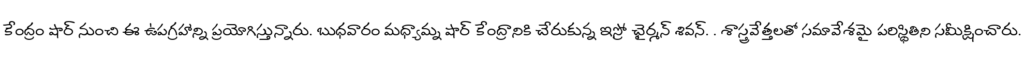
కేంద్రం షార్ నుంచి ఈ ఉపగ్రహాన్ని ప్రయోగిస్తున్నారు. బుధవారం మధ్యామ్న షార్ కేంద్రానికి చేరుకున్న ఇస్రో ఛైర్మన్ శివన్. . శాస్త్రవేత్తలతో సమావేశమై పరిస్థితిని సమీక్షించారు.